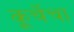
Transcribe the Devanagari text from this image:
कूर्चेचा